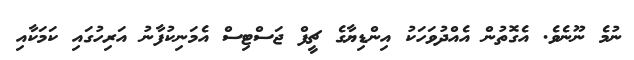
ނުމެ ނޫނެވެ. އެގޮތުން އެއްދުވަހަކު އިންޑިޔާގެ ޗީފް ޖަސްޓިސް އެމަނިކުފާނު އަރިހުގައި ކަމަކާއި